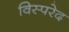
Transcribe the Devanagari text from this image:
विस्परेद